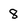
Character: 8